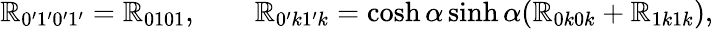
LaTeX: \mathbb{R}_{0^{\prime}1^{\prime}0^{\prime}1^{\prime}}=\mathbb{R}_{0101},\qquad\mathbb{R}_{0^{\prime}k1^{\prime}k}=\cosh\alpha\sinh\alpha(\mathbb{R}_{0k0k}+\mathbb{R}_{1k1k}),